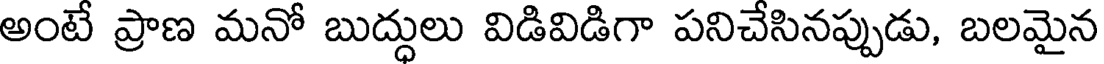
అంటే ప్రాణ మనో బుద్ధులు విడివిడిగా పనిచేసినప్పుడు, బలమైన